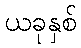
ယခုနှစ်